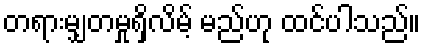
တရားမျှတမှုရှိလိမ့် မည်ဟု ထင်ပါသည်။